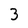
Character: 3